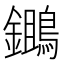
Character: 𪆷